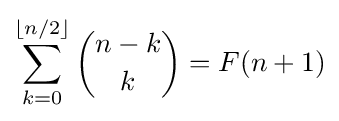
\sum _{k=0}^{\lfloor n/2\rfloor }{\binom {n-k}{k}}=F(n+1)